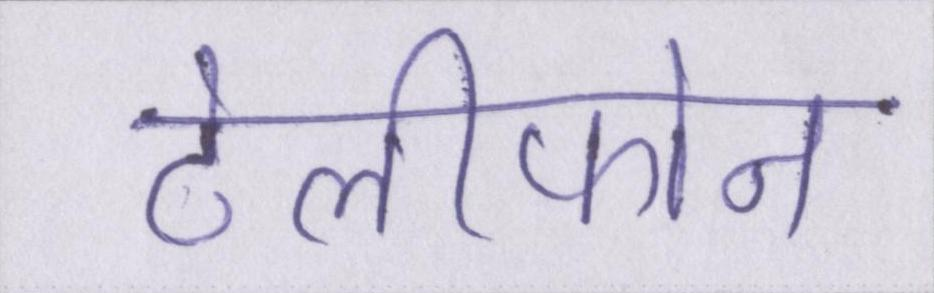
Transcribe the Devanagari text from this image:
टेलीफोन